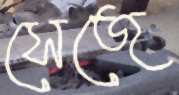
সেজে